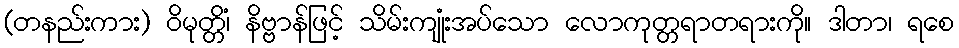
(တနည်းကား) ဝိမုတ္တိံ၊ နိဗ္ဗာန်ဖြင့် သိမ်းကျုံးအပ်သော လောကုတ္တရာတရားကို။ ဒါတာ၊ ရစေ